Annual report of the Punjab Veterinary College and of the Civil Veterinary Department, Punjab - 1926-1932
Year: 1926
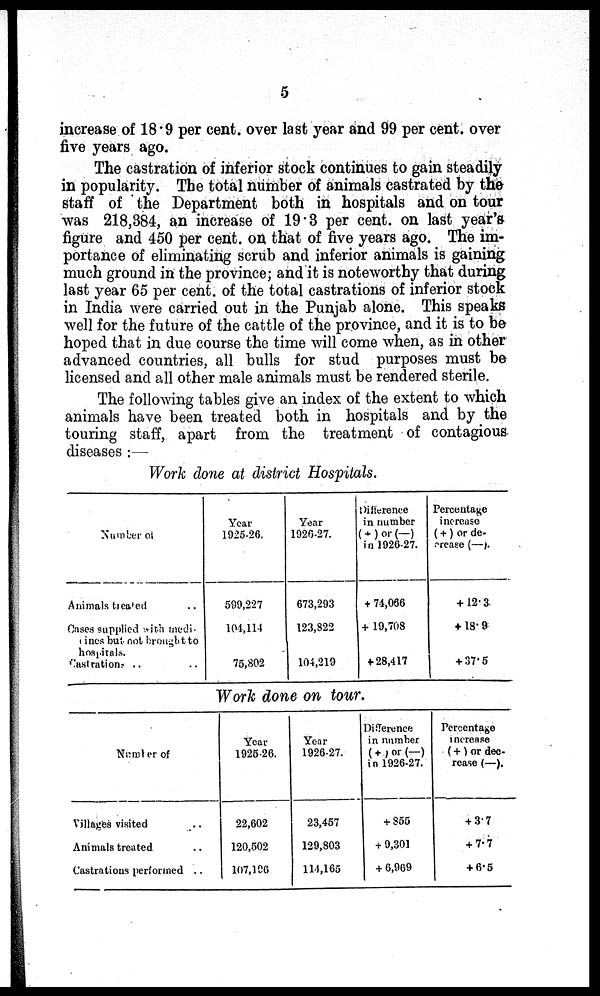
5
increase of 18.9 per cent. over last year and 99 per cent. over
five years ago.
The castration of inferior stock continues to gain steadily
in popularity. The total number of animals castrated by the
staff of the Department both in hospitals and on tour
was 218,384, an increase of 19.3 per cent. on last year's
figure and 450 per cent. on that of five years ago. The im-
portance of eliminating scrub and inferior animals is gaining
much ground in the province; and it is noteworthy that during
last year 65 per cent. of the total castrations of inferior stock
in India were carried out in the Punjab alone. This speaks
well for the future of the cattle of the province, and it is to be
hoped that in due course the time will come when, as in other
advanced countries, all bulls for stud purposes must be
licensed and all other male animals must be rendered sterile.
The following tables give an index of the extent to which
animals have been treated both in hospitals and by the
touring staff, apart from the treatment of contagious
diseases:—
Work done at district Hospitals.
NUMBER OF
Animals treated ..
Cases supplied rich medi-
cines but not brought to
hospitals.
Castrations .. ..
Year
1925-26.
599,227
104,114
75,802
Year
1926-27.
673,293
123,822
104,219
Difference
in number
(+) or (—)
in 1926-27.
+ 74,066
+ 19,708
+ 28,417
Percentage
increase
(+) or de-
crease (—).
+ 12.3
+ 18.9
+ 37.5
Work done on tour.
Number of
Villages visited ..
Animals treated ..
Castrations performed ..
Year
1925-26.
22,602
120,502
107,196
Year
1926-27.
23,457
129,803
114,165
Difference
in number
(+) or (-)
in 1926-27.
+ 855
+ 9,301
+ 6,969
Percentage
increase
(+) or dec-
rease (—).
+ 3.7
+ 7.7
+ 6.5